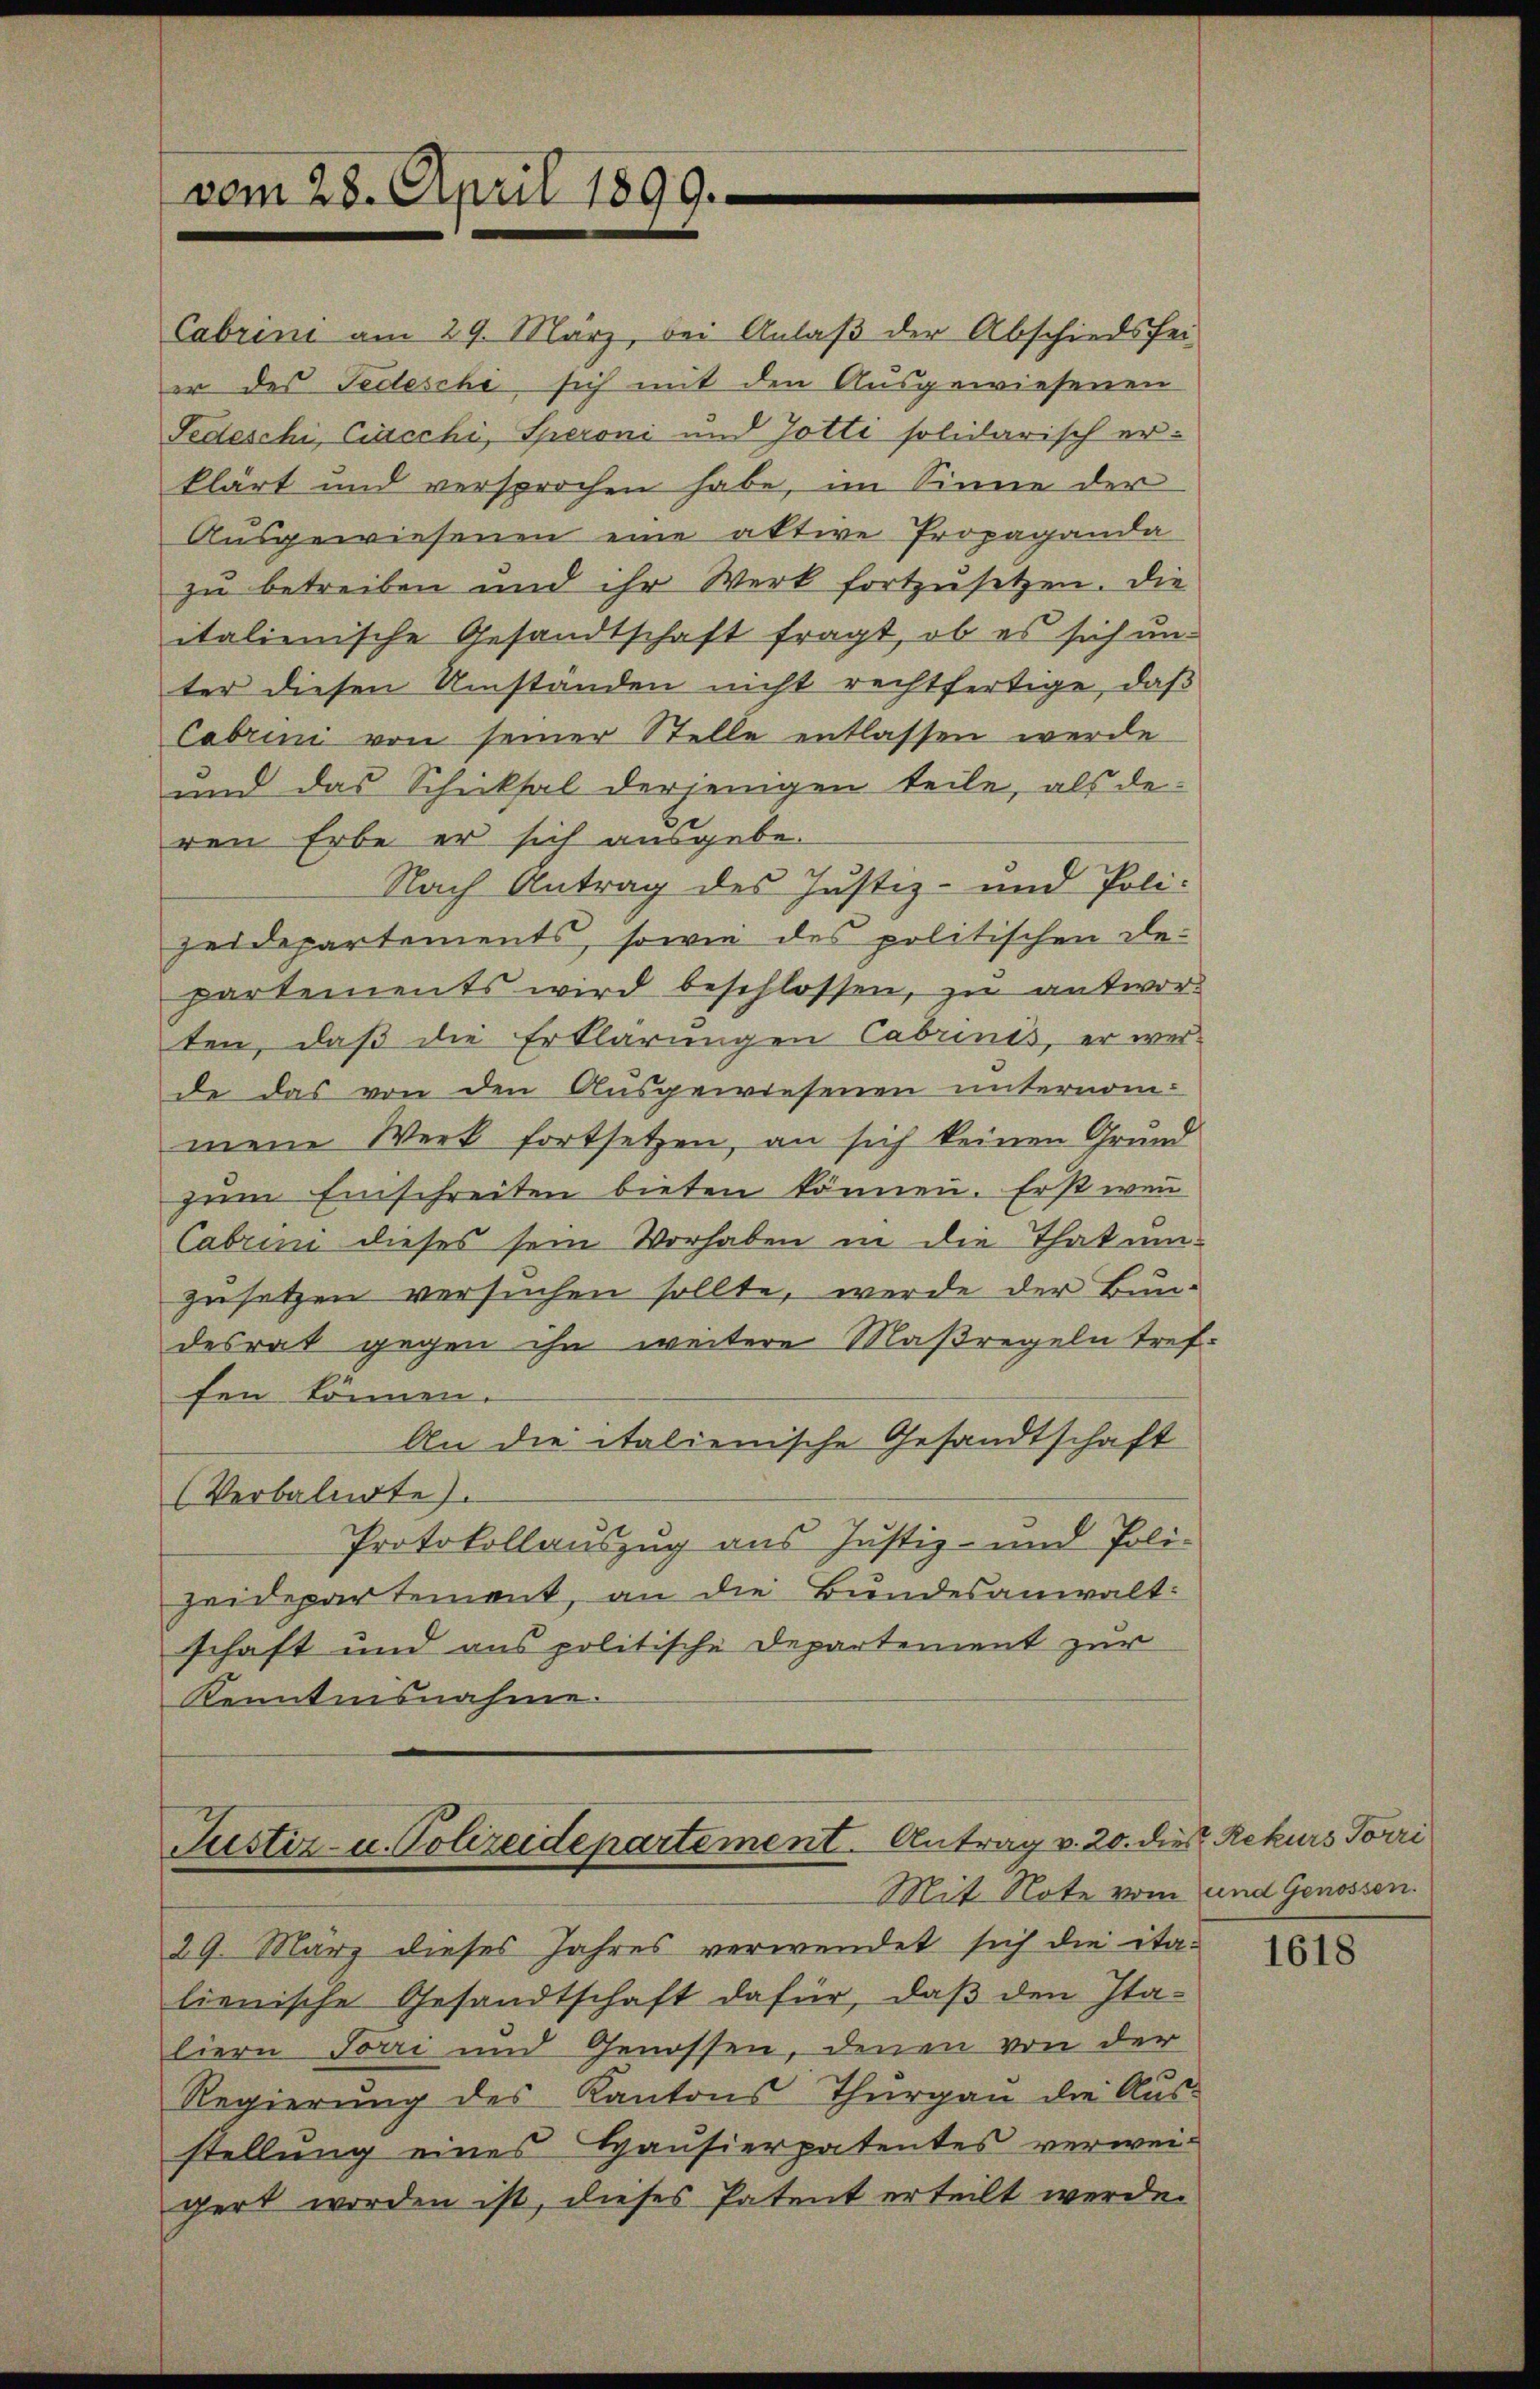
vom 28. April 1899.

Cabrini am 29. März, bei Anlaß der Abschiedsfei-
er des Tedeschi sich mit den Ausgewiesenen
Tedeschi, Ciacchi, Speroni und Jotti solidarisch erklärt und versprochen habe, im Sinne der
Ausgewiesenen eine aktive Propaganda
zŭ betreiben und ihr Werk fortzŭsetzen. Die
italienische Gesandtschaft fragt, ob es sich un-
ter diesen Umständen nicht rechtfertige, daß
Cabrini von seiner Stelle entlassen werde
und das Schicksal derjenigen teile, als deren Erbe er sich ausgebe¬
Nach Antrag des Justiz- und Poli-
zeidepartements, sowie des politischen De-
partements wird beschlossen, zu antworten, daß die Erklärungen Cabrinés, er werde das von den Ausgewiesenen unternom-
mein Werk fortsetzen, an sich keinen Grund
gem Einschreiten bieten können. Erst wenn
Cabrini dieses sein Vorhaben in die That um-
zusetzen versuchen sollte, werde der Bundesrat gegen ihn weitere Maßregeln treffen können.
An die italienische Gesandtschaft
(Verbalnote).
Protokollauszug aus Justiz- und Poli-
zeidepartement, an die Bundesanwalt:
schaft und aus politische Departement zur
Kenntnisnahme.

Justiz- u. Polizeidepartement. Antrag v. 20. die Rekurs Torri
Mit Note vom und Genossen.

29. März dieses Jahres verwendet sich die italienische Gesandtschaft dafür, daß den Italiere Forri und Genossen, denen von der
Regierŭng des Kantons Thŭrgaŭ die Aŭs-
stellung eines Hausierpatentes verweigert worden ist, dieses Patent erteilt werde.

1618